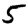
Digit: 5